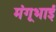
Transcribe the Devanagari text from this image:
मंगूभाई